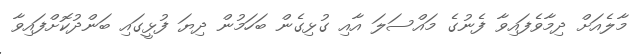
މާލެއަށް ދިމާވެފައިވާ ފެނުގެ މައްސަލަ އާއި ގުޅިގެން ބަހަމުން ދިޔަ ފުޅީގައި ބަންދުކޮށްފައިވާ